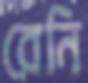
রেনি